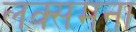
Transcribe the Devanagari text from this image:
लक्समना